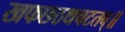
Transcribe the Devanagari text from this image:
खफछठथचटतव्॥